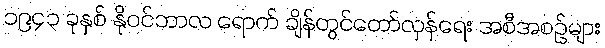
၁၉၄၃ ခုနှစ် နိုဝင်ဘာလ ရောက် ချိန်တွင်တော်လှန်ရေး အစီအစဉ်များ